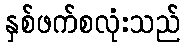
နှစ်ဖက်စလုံးသည်